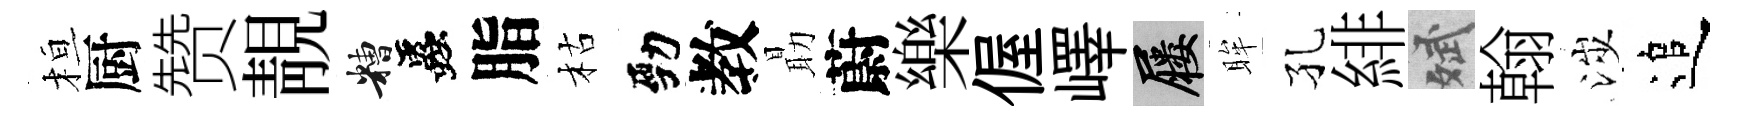
桓厨赞靚糟蟲脂枯勁教朂蔚樂偓嶧屨眸孔緋斌翰涉追